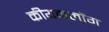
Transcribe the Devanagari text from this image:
कीयनलोंग